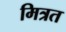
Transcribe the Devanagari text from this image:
मित्रत